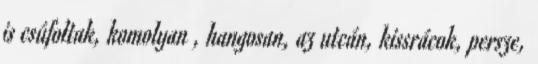
is csúfoltak, komolyan , hangosan, az utcán, kissrácok, persze,